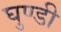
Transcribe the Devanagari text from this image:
घुण्डी